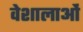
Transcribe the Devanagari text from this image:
वेशालाओं